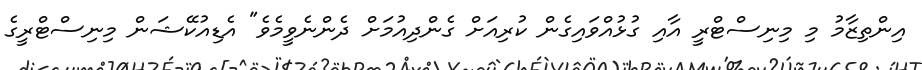
އިންތިޒާމު މި މިނިސްޓްރީ އާއި ގުޅުއްވައިގެން ކުރިއަށް ގެންދިއުމަށް ދެންނެވީމެވެ" އެޑިއުކޭޝަން މިނިސްޓްރީގެ